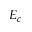
E _ { c }